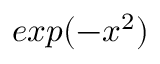
e x p ( - x ^ { 2 } )